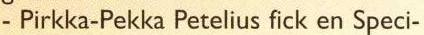
-Pirkka-Pekka Petelius fick en Speci-